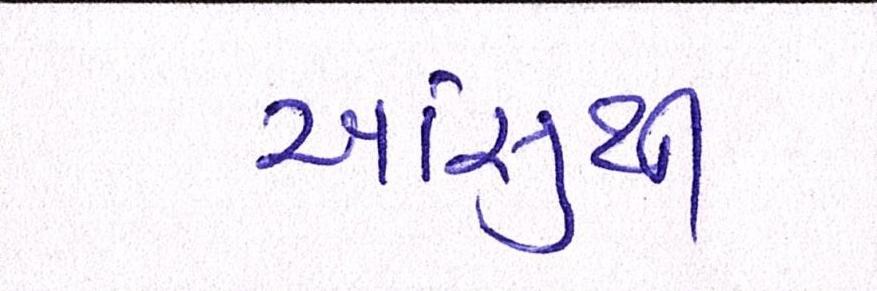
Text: આંસુથી